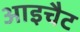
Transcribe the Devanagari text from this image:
आइचैट